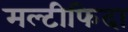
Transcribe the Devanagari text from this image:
मल्टीफिदा